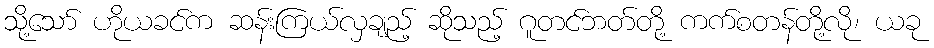
သို့သော် ဟိုယခင်က ဆန်းကြယ်လှချည့် ဆိုသည့် ဂူတင်ဘတ်တို့ ကက်စတန်တို့လို၊ ယခု